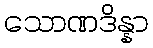
သောဏဒိန္နာ